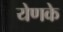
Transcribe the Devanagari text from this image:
येणके